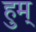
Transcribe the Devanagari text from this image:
हुम्